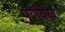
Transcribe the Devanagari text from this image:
पुर्णवेळ